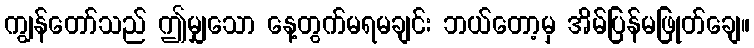
ကျွန်တော်သည် ဤမျှသော နေ့တွက်မရမချင်း ဘယ်တော့မှ အိမ်ပြန်မဖြုတ်ချေ။